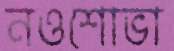
নওশোভা